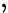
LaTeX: \begin{array}{rl}\end{array},